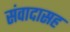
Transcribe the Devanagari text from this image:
संवादासह